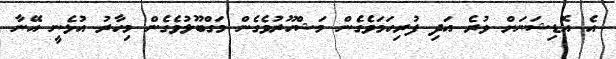
އެ އޮޑިޝަނަށް ވުރެ އަދި ފުރިހަމަވެގެން މަޝްހޫރުވެގެން މަގްބޫލުވެގެން މިހާރު އުޅެނީ އޭނާ